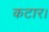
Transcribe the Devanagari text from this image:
कटार।